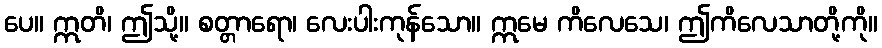
ပေ။ ဣတိ၊ ဤသို့။ စတ္တာရော၊ လေးပါးကုန်သော။ ဣမေ ကိလေသေ၊ ဤကိလေသာတို့ကို။